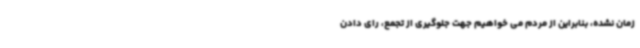
زمان نشده، بنابراین از مردم می خواهیم جهت جلوگیری از تجمع، رای دادن